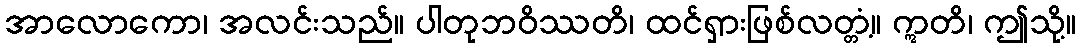
အာလောကော၊ အလင်းသည်။ ပါတုဘဝိဿတိ၊ ထင်ရှားဖြစ်လတ္တံ့။ ဣတိ၊ ဤသို့။